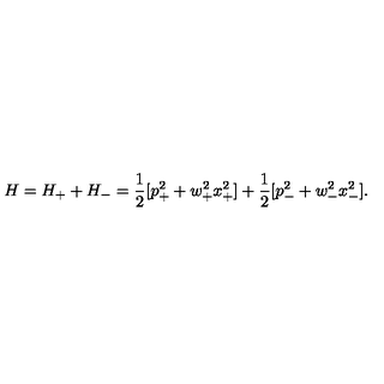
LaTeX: H = H _ { + } + H _ { - } = { \frac { 1 } { 2 } } [ p _ { + } ^ { 2 } + w _ { + } ^ { 2 } x _ { + } ^ { 2 } ] + { \frac { 1 } { 2 } } [ p _ { - } ^ { 2 } + w _ { - } ^ { 2 } x _ { - } ^ { 2 } ] .